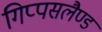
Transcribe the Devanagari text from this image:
गिप्पसलैण्ड